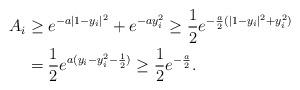
LaTeX: \begin{align*}A_i&\geq e^{-a|1-y_i|^2}+ e^{-ay_i^2} \geq \frac{1}{2}e^{-\frac{a}{2}(|1-y_i|^2+y_i^2)}\\&=\frac{1}{2}e^{a(y_i-y_i^2-\frac{1}{2})}\geq \frac{1}{2}e^{-\frac{a}{2}}.\end{align*}